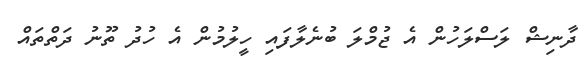
ދާނިޝް ލަސްލަހުން އެ ޖުމްލަ ބުނެލާފައި ހީލުމުން އެ ހުދު ތޫނު ދަތްތައް